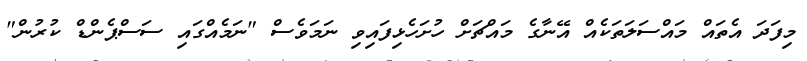
މިފަދަ އެތައް މައްސަލަތަކެއް އޭނާގެ މައްޗަށް ހުށަހެޅިފައިވި ނަމަވެސް "ނަމެއްގައި ސަސްޕެންޑް ކުރުން"